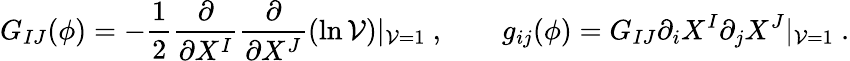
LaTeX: G_{IJ}(\phi)=-{\frac{1}{2}}{\frac{\partial}{\partial X^{I}}}{\frac{\partial}{\partial X^{J}}}(\ln{\cal V})|_{{\cal V}=1}\ ,\qquad g_{ij}(\phi)=G_{IJ}\partial_{i}X^{I}\partial_{j}X^{J}|_{{\cal V}=1}\ .